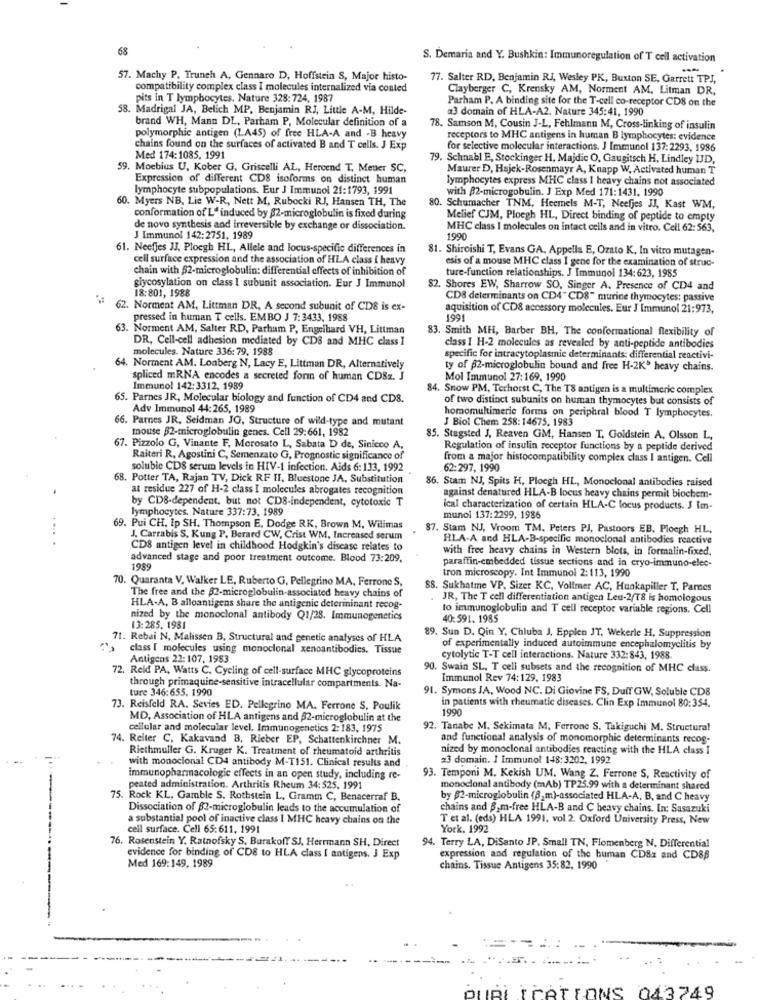
68
S. Demaria and Y. Bushkin: Immunoregulation of T cell activation
57. Machy P. Trunch A, Gennaro D, Hoffstein S, Major histo-
77. Salter RD, Benjamin RI, Wesley PK, Buxton SE, Garrett TPI,
compatibility complex class I molecules internalized via conted
Clayberger C, Krensky AM, Norment AM, Litman DR.
pits in T lymphocytes. Nature 328: 724, 1987
Parham P. A binding site for the T-cell co-receptor CDS on the
58. Madrigal JA, Belich MP. Benjamin RJ, Little A-M, Hilde-
a3 domain of HLA-A2. Nature 345:41, 1990
brand WH, Mann DL, Parham P, Molecular definition of a
78. Samson M, Cousin J-L, Fehlmann M, Cross-linking of insulin
polymorphic antigen (LA45) of free HLA-A and -B heavy
receptors to MHC antigens in human B lymphocytes: evidence
chains found on the surfaces of activated B and T cells. J Exp
for selective molecular interactions. J Immunol 137:2293, 1986
Med 174:1085, 1991
79. Schnabl E, Stockinger H, Majdic O, Gaugitsch H, Lindley IJD,
59. Moebius U. Kober G, Griscelli AL, Hercend T, Meter SC,
Maurer D, Hajek-Rosenmayr A, Knapp W, Activated human T
Expression of different CDS isoforms on distinct human
lymphocytes express MHC class I heavy chains not associated
lymphocyte subpopulations. Eur J Immunol 21:1793, 1991
with 82-microgobulin. J Exp Med 171:1431, 1990
60. Myers NB, Lie W-R, Nett M, Rubocki RJ, Hansen TH, The
80. Schumacher TNM, Heemels M-T, Neefjes JJ, Kast WM,
conformation of L' induced by 82-microglobulin is fixed during
Melief CJM, Ploegh HL, Direct binding of peptide to empty
de novo synthesis and irreversible by exchange or dissociation.
MHC class I molecules on intact cells and in vitro. Cell 62: 563,
J Immunol 142:2751, 1989
1990
61. Neefjes JJ, Ploegh HL, Allele and locus-specific differences in
81. Shiroishi T, Evans GA. Appella E, Ozato K, In vitro mutagen-
cell surface expression and the association of HLA class [ heavy
esis of a mouse MHC class I gene for the examination of struc-
chain with 52-microglobulin: differential effects of inhibition of
ture-function relationships. J Immunol 134: 623, 1985
glycosylation on class I subunit association. Eur J Immunol
82. Shores EW, Sharrow SO, Singer A. Presence of CD4 and
18:801, 1988
CD8 determinants on CD4"CD8" murine thymocytes: passive
62. Norment AM, Littman DR, A second subunit of CD8 is ex-
aquisition of CD8 accessory molecules. Eur J Immunol 21:973,
pressed in human T cells. EMBO J 7: 3433, 1988
1991
63. Norment AM, Salter RD, Parham P, Engelhard VH, Littman
83. Smith MH, Barber BH, The conformational flexibility of
DR, Cell-cell adhesion mediated by CDS and MHC class 1
molecules. Nature 336: 79, 1988
class I H-2 molecules as revealed by anti-peptide antibodies
specific for intracytoplasmic determinants: differential reactivi-
64. Norment AM. Lonberg N, Lacy E, Littman DR, Alternatively
ty of p2-microglobulin bound and free H-2K" heavy chains.
spliced mRNA encodes a secreted form of human CDSz. J
Mol Immunol 27:169. 1990
Immunol 142:3312, 1989
84. Snow PM, Terhorst C, The TS antigen is a multimeric complex
65. Parnes JR, Molecular biology and function of CD4 and CD8.
of two distinct subunits on human thymocytes but consists of
Adv Immunol 44:265, 1989
66. Parnes JR. Seidman JO, Structure of wild-type and mutant
J Biol Chem 258:14675, 1983
homomultimerie forms on periphral blood T lymphocytes.
mouse 32-microglobulin genes. Cell 29:661, 1982
85. Stagsted J, Reaven GM, Hansen T, Goldstein A, Olsson L,
67. Pizzolo G, Vinante F. Morosato L, Sabata D de, Sinicco A,
Regulation of insulin receptor functions by a peptide derived
Raiteri R. Agostini C, Semenzato G, Prognostic significance of
from a major histocompatibility complex class I antigen. Cell
soluble CDS serum levels in HIV-1 infection. Aids 6: 133, 1992
62:297, 1990
68. Potter TA, Rajan TV, Dick RF HI, Bluestone JA, Substitution
86. Stam NJ, Spits H, Ploegh HL, Monoclonal antibodies raised
at residue 227 of H-2 class I molecules abrogates recognition
by CDB-dependent, but not CD8-independent, cytotoxic T
against denatured HLA-B locus heavy chains permit biochem-
lymphocytes. Nature 337:73, 1989
ical characterization of certain HLA-C locus products. J Im-
munol 137:2299, 1986
69. Pui CH, Ip SH. Thompson E, Dodge RK, Brown M, Wilimas
87. Stam NJ, Vroom TM. Peters PJ, Pastoors EB. Ploegh HL,
J. Carrabis S, Kung P. Berard CW, Crist WM, Increased serum
HLA-A and HLA-B-specific monoclonal antibodies reactive
CD8 antigen level in childhood Hodgkin's disease relates to
with free heavy chains in Western blots, in formalin-fixed.
advanced stage and poor treatment outcome. Blood 73:209.
paraffin-embedded tissue sections and in cryo-immuno-elec-
1989
tron microscopy. Int Immunol 2:113, 1990
70. Quaranta V. Walker LE, Ruberto G, Pellegrino MA, Ferrone S,
88. Sukhatme VP. Sizer KC, Vollmer AC, Hunkapiller T, Parnes
The free and the 32-microglobulin-associated heavy chains of
JR, The T cell differentiation antigen Leu-2/18 is homologous
HLA-A, B alloantigens share the antigenic determinant recog-
to immunoglobulin and T cell receptor variable regions. Cell
nized by the monoclonal antibody Q1/28. Immunogenetics
40:591. 1985
13:285. 1981
1. Rebai N, Malissen B, Structural and genetic analyses of HLA
89. Sun D. Qin Y. Chluba J, Epplen JT, Wekerle H, Suppression
class [ molecules using monoclonal xenoantibodies. Tissue
of experimentally induced autoimmune encephalomyelitis by
Antigens 22: 107, 1983
cytolytic T-T cell interactions. Nature 332:843, 1988
2. Reid PA, Watts C. Cycling of cell-surface MHC glycoproteins
90. Swain SL, T cell subsets and the recognition of MHC class.
Immunol Rev 74:129, 1983
ture 346:655. 1990
through primaquine-sensitive intracellular compartments. Na-
91. Symons JA, Wood NC. Di Giovine FS, Duif GW, Soluble CD8
in patients with rheumatic diseases. Clin Exp Immunol 80:354.
73. Reisfeld RA. Sevies ED. Pellegrino MA. Ferrone S, Poulik
1990
MD, Association of HLA antigens and 02-microglobulin at the
cellular and molecular level. Immunogenetics 2:183, 1975
92. Tanabe M. Sekimata M, Ferrone S. Takiguchi M. Structural
74. Reiter C, Kakavand B, Rieber EP, Schattenkirchner M.
and functional analysis of monomorphic determinants recog-
Riethmuller G. Kruger K. Treatment of rheumatoid arthritis
nized by monoclonal antibodies reacting with the HLA class I
with monoclonal CD4 antibody M-T151. Clinical results and
=3 domain. J immunol 148:3202, 1992
immunopharmacologic effects in an open study, including re-
93. Temponi M. Kekish UM. Wang Z. Ferrone S, Reactivity of
peated administration. Arthritis Rheum 34: 525, 1991
monoclonal antibody (mAb) TP25.99 with a determinant shared
75. Rock KL, Gamble S. Rothstein L, Gramm C, Benacerraf B.
by 02-microglobulin (Bm)-associated HLA-A, B, and C heavy
Dissociation of $2-microglobulin leads to the accumulation of
chains and B.m-free HLA-B and C heavy chains. In: Sasazuki
a substantial pool of inactive class I MHC heavy chains on the
T et al. (eds) HLA 1991. vol 2. Oxford University Press, New
cell surface. Cell 65:611, 1991
York. 1992
76. Rosenstein Y. Ratnofsky S, Burakoff SJ, Herrmann SH, Direct
94. Terry LA, DiSanto JP. Small TN, Flomenberg N. Differential
evidence for binding of CD8 to HLA class I antigens. J Exp
expression and regulation of the human CDSz and CD86
Med 169:149, 1989
chains. Tissue Antigens 35:82. 1990
PUBLICATIONS 043749